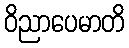
ဝိညာပေမာတိ